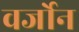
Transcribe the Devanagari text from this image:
वर्जोन